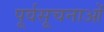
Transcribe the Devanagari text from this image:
पूर्वसूचनाओं